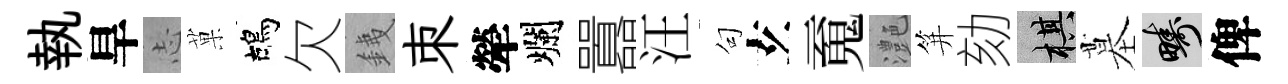
執旱𢖽菓鴣欠銕朿犖爛囂汪句𤣥䰟灔笄劾棋墓疇俾